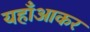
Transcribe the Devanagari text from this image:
यहाँआकर